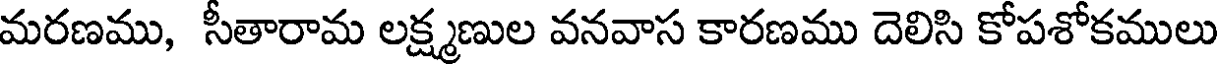
మరణము, సీతారామ లక్ష్మణుల వనవాస కారణము దెలిసి కోపశోకములు